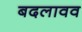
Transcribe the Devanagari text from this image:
बदलावव